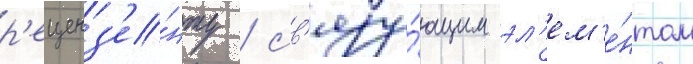
р'еценз'е́нту / св'язу́ющим эл'ем'е́нтом